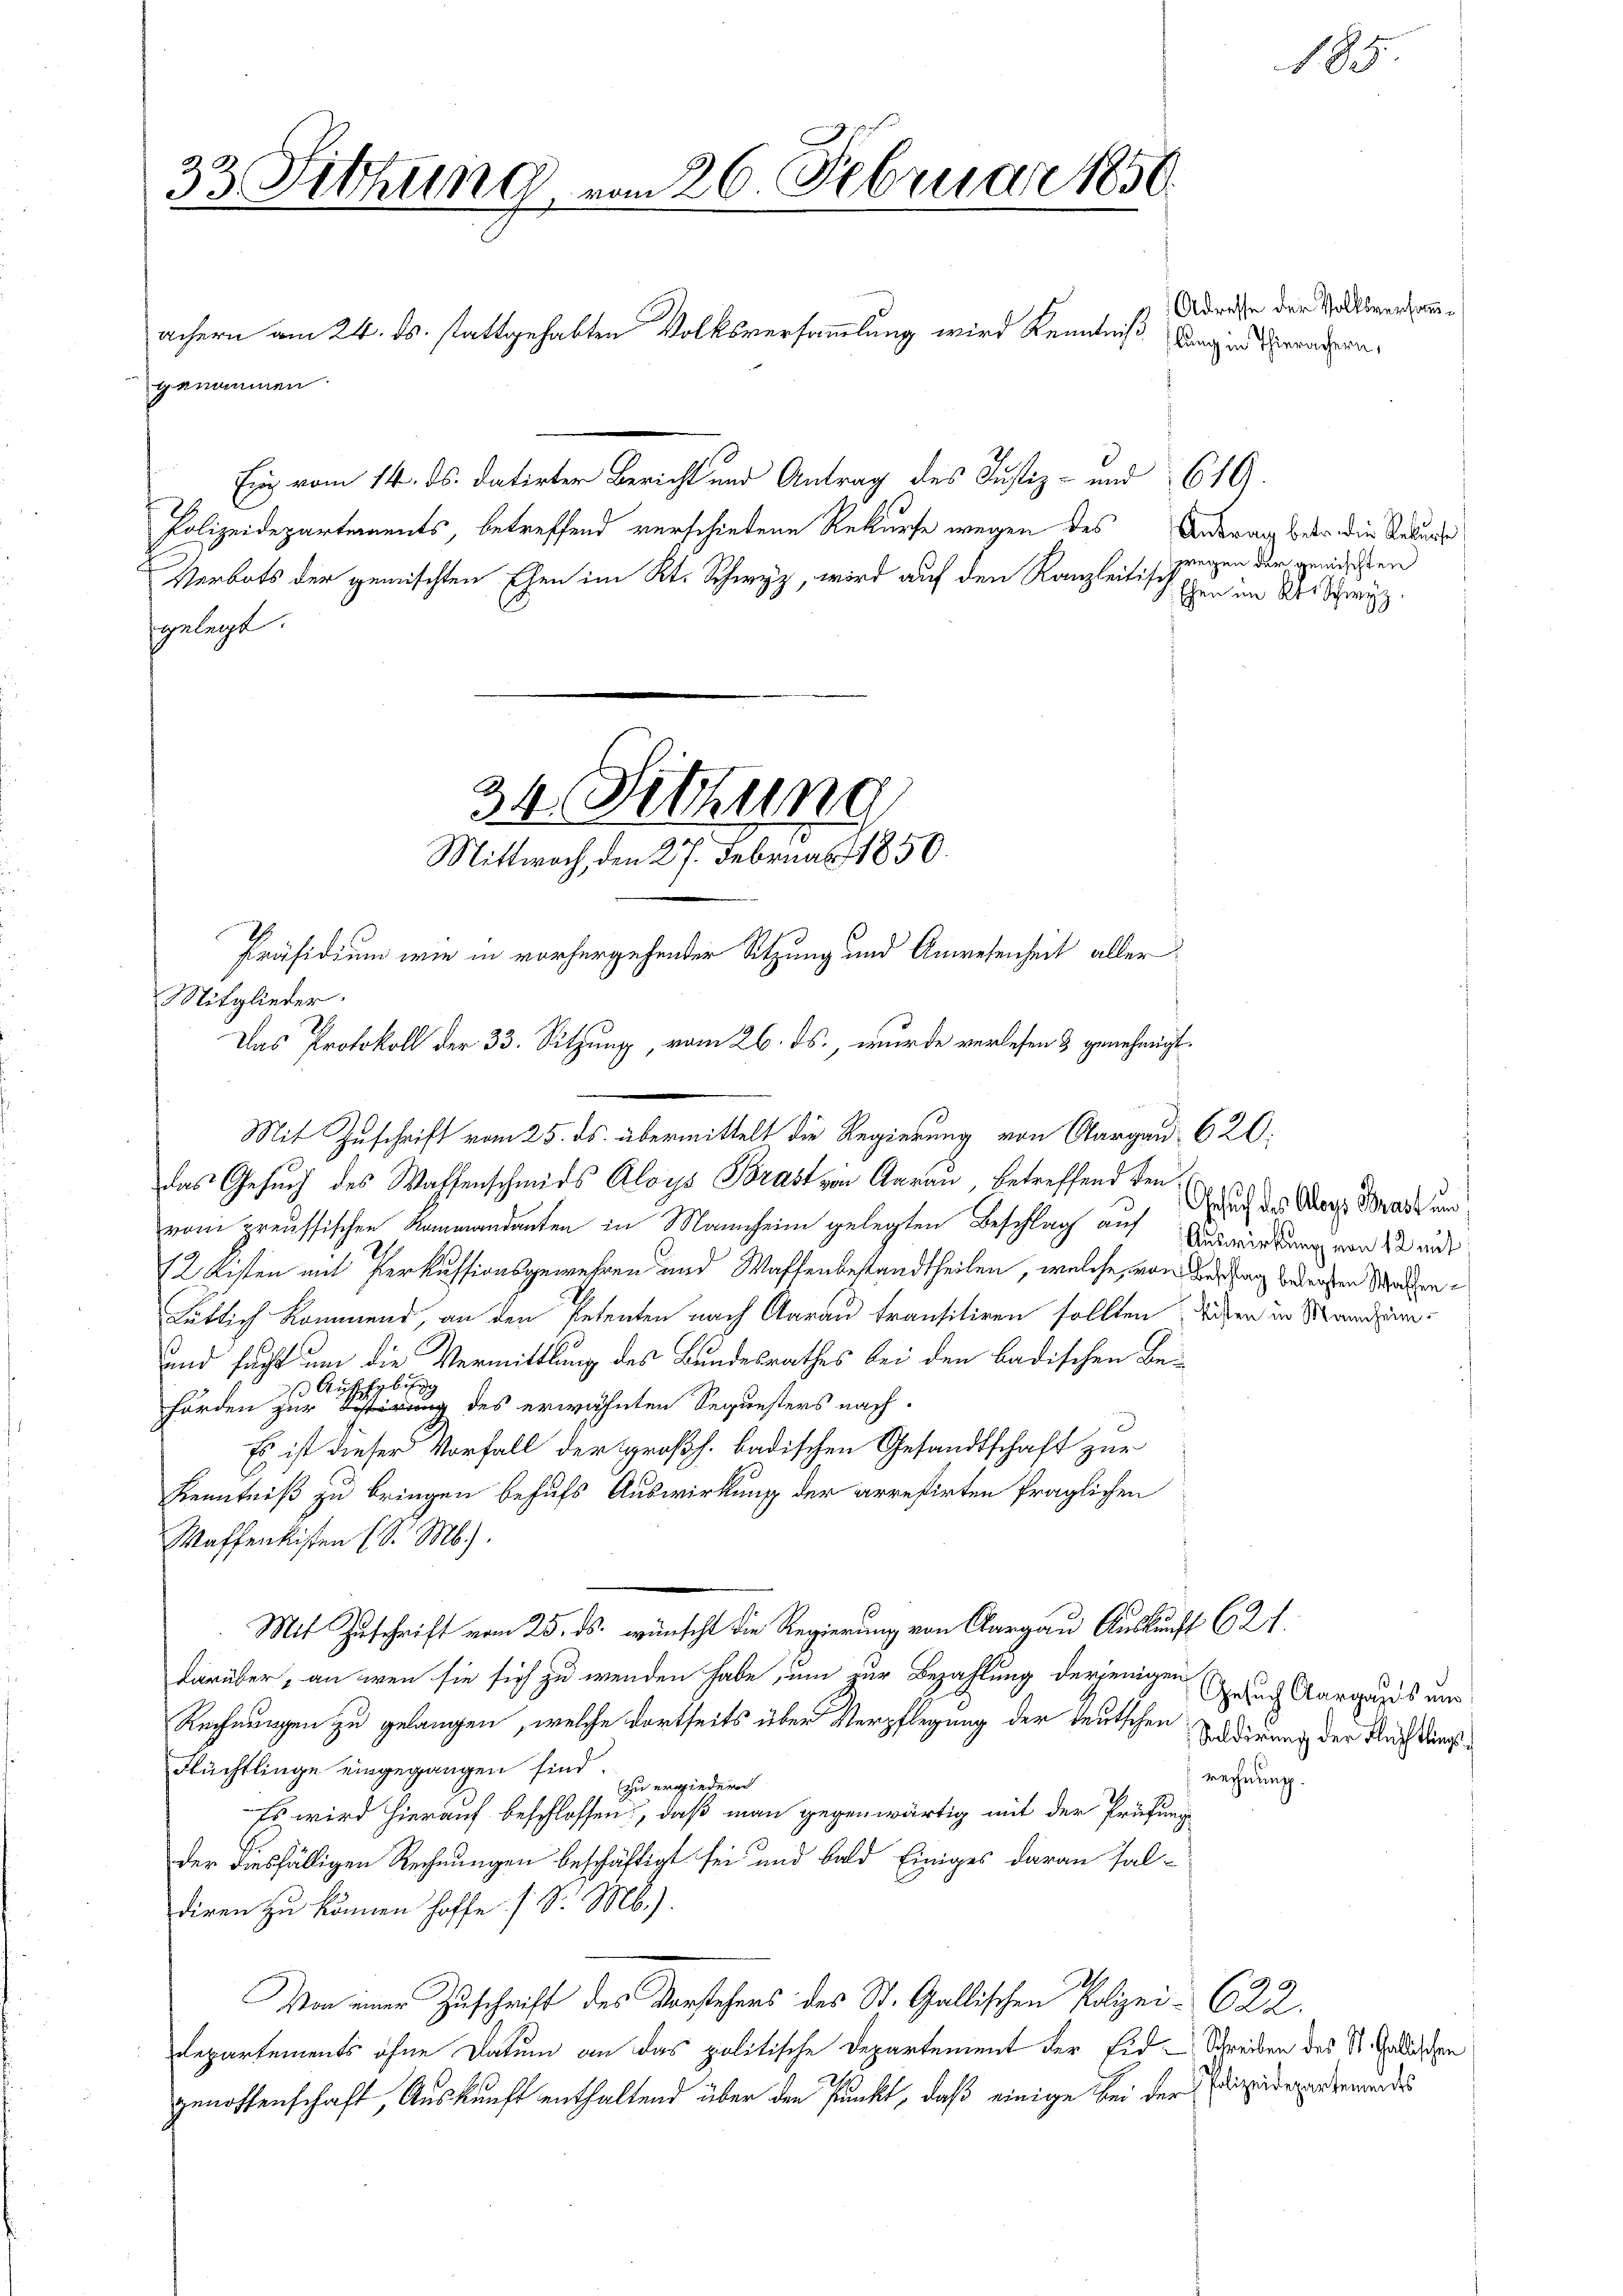
33. Fettung vom 26. Februar 1850.

achern am 24. ds. stattgehabten Volksversammlung wird Kenntniß langen Stranspragenommen.

Ein vom 14. ds. datirter Bericht und Antrag des Justiz- und 619.
Polizeidepartements, betreffend verschiedene Rekurse wegen des
Verbots der gemischten Ehen im Kt. Schwyz, wird auf den Kanzleitisch
gelegt.

Mittwoch, den 27. Februar 1850.
Präsidium wie in vorhergehender Sitzung und Anwesenheit aller
Das Protokoll der 33. Sitzung, vom 26. ds., wurde verlesen & genehmigt.

34. Sitzung

Adresse der Volksversamm¬

Mitglieder.
vom preussischen Kammandanten in Mannheim gelegten Beschlag auf Verwirkung war sei
12 Kisten mit Perkussionsgewehren und Waffenbestandtheilen, welche, von der Tag bedrohen Mathentütlich kommend, an den Petenten nach Aarau transitiren sollten diesen in Mandam¬
und sucht um die Vermittlung des Bundesrathes bei den badischen Bes Aufhebu
Förden zur Sistirung des erwähnten Sequesters nach¬
Es ist dieser Vorfall der großh. badischen Gesandtschaft zur
Kenntniß zu bringen behufs Auswirkung der arretirten fraglichen
Waffenkisten (S. M.).
Mit Zuschrift vom 25. ds. wünscht die Regierung von Aargau Auskunft 621.
darüber, an wenn sie sich zu wenden habe, um zur Bezahlung derjenigen
Rechnungen zu gelangen, welche dortseits über Verpflegung der teutschen Sadirung der Auch dings¬
Flüchtlinge eingegangen sind.
rechnung.
zu erwiedern
Es wird hierauf beschlossen, daß man gegenwärtig mit der Prüfung
der diesfälligen Rechnungen beschäftigt sei und bald Einiges daran faldiren zu können hoffe. (S. M.).
Von einer Zuschrift des Vorstehens des St. Gallischen Polizei- 622.
Departements ohne Datum an das politische Departement der Eid-Schreiben des St. Gallischen
genossenschaft, Auskunft enthaltend über den Punkt, daß einige bei der Polizeideparterunds

Mit Zuschrift vom 25. ds. übermittelt die Regierung von Aargau 620:
das Gesuch des Waffenschmids Aloys Brast von Aarau, betreffend den

185

Antrag betr. die Rekurse
sregen der gemischten
Ehen im Kt. Schwyz.

Gesuch des Aloys Brast und

Gesuch Aargaus und